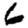
Digit: 6